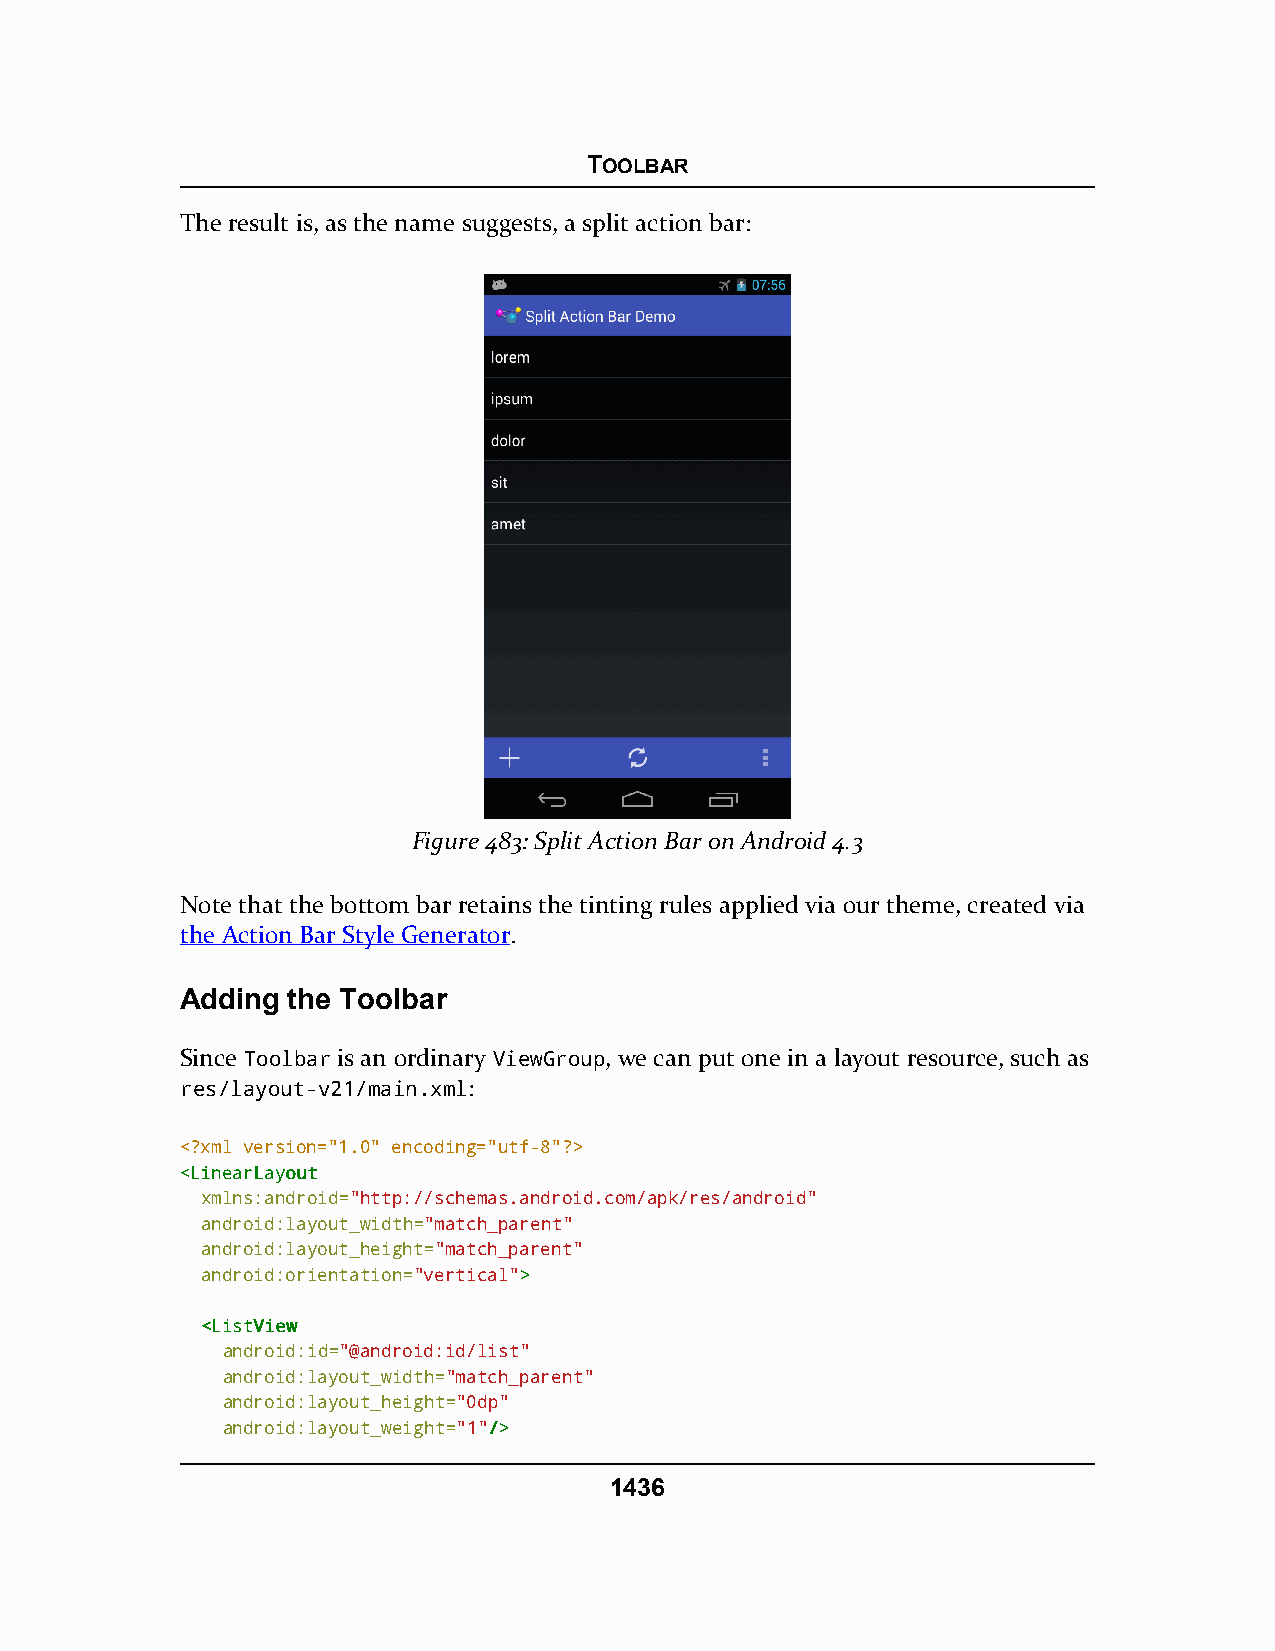
TOOLBAR
 The result is, as the name suggests, a split action bar:
 Figure 483: Split Action Bar on Android 4.3
 Note that the bottom bar retains the tinting rules applied via our theme, created via
 the Action Bar Style Generator.
 Adding the Toolbar
 Since Toolbar is an ordinary ViewGroup, we can put one in a layout resource, such as
 res/layout-v21/main.xml:
 <?xml version="1.0" encoding="utf-8"?>
 <<LLiinneeaarrLLaayyoouutt
 xmlns:android="http://schemas.android.com/apk/res/android"
 android:layout_width="match_parent"
 android:layout_height="match_parent"
 android:orientation="vertical">>
 <<LLiissttVViieeww
 android:id="@android:id/list"
 android:layout_width="match_parent"
 android:layout_height="0dp"
 android:layout_weight="1"//>>
 1436